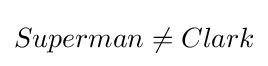
Superman\neq Clark